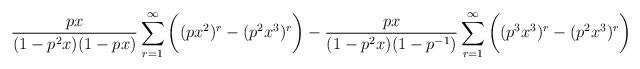
LaTeX: \begin{align*}\frac{px}{(1-p^2x)(1-px)} \sum_{r=1}^{\infty}\bigg((px^2)^r - (p^2x^3)^r\bigg) - \frac{px}{(1-p^2x)(1-p^{-1})}\sum_{r=1}^{\infty} \bigg((p^3x^3)^r - (p^2x^3)^r\bigg)\end{align*}